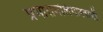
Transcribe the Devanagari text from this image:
प्रभारामलिंगास्वामी